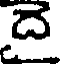
దె